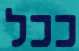
ככל